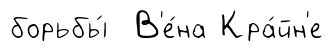
борьбы́ В'е́на Кра́йн'е